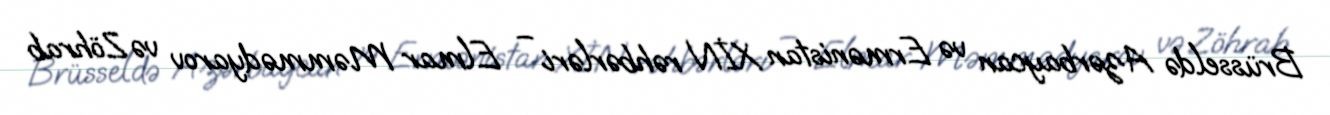
Brüsseldə Azərbaycan və Ermənistan XİN rəhbərləri – Elmar Məmmədyarov və Zöhrab